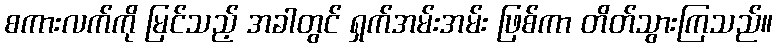
စကားလက်ကို မြင်သည့် အခါတွင် ရှက်အမ်းအမ်း ဖြစ်ကာ တိတ်သွားကြသည်။